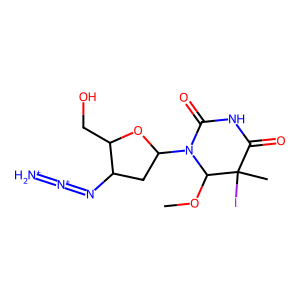
SMILES: COC1N(C2CC(N=[N+]=[NH2+])C(CO)O2)C(=O)NC(=O)C1(C)I
Inhibits HIV replication: Yes